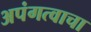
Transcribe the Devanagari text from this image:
अपंगत्वाचा